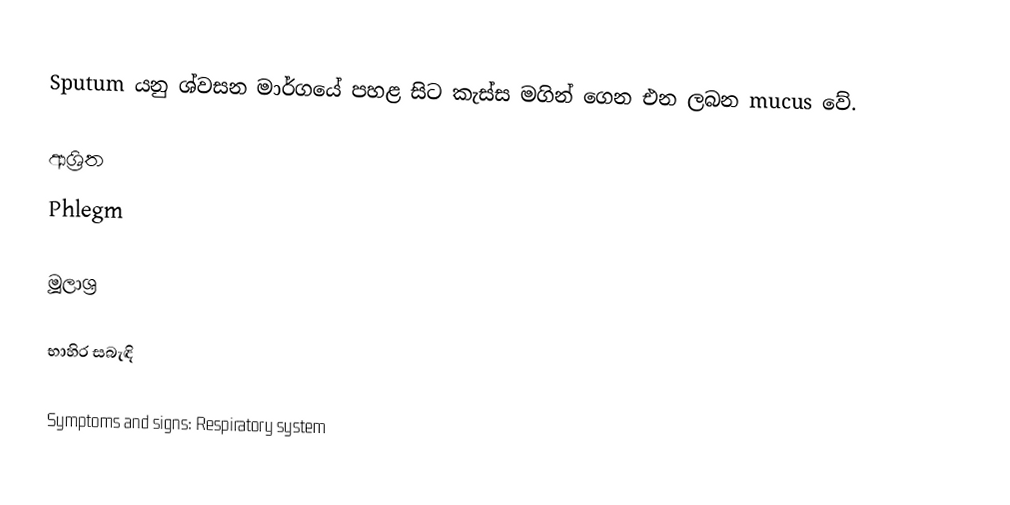
Sputum යනු ශ්වසන මාර්ගයේ පහළ සිට කැස්ස මගින් ගෙන එන ලබන mucus වේ.

ආශ්‍රිත
 Phlegm

මූලාශ්‍ර

භාහිර සබැඳි

Symptoms and signs: Respiratory system